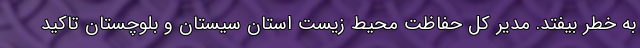
به خطر بیفتد. مدیر کل حفاظت محیط زیست استان سیستان و بلوچستان تاکید